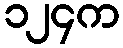
၁၂၄က